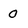
Character: 0